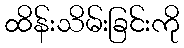
ထိန်းသိမ်းခြင်းကို